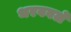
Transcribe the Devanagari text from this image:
भरववले